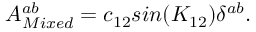
A _ { M i x e d } ^ { a b } = c _ { 1 2 } s i n ( K _ { 1 2 } ) \delta ^ { a b } .